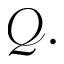
\mathcal { Q } .